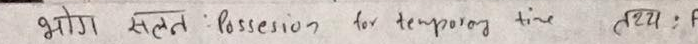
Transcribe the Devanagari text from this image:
भोग संलग्न : possession for temporary time तथ्य ; F